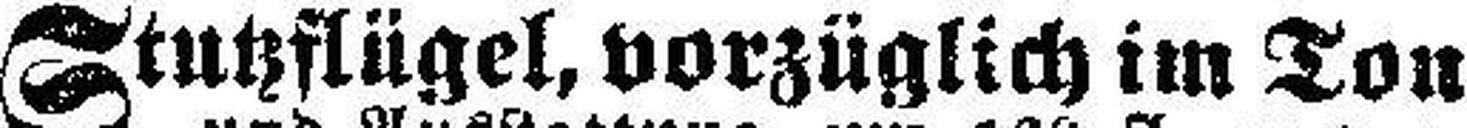
Stutzflügel, vorzüglich im Ton